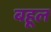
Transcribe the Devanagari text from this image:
बहूल